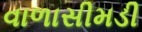
વાળાસીમડી